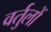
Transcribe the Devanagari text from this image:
वर्तुलों